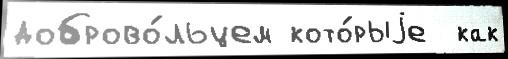
доброво́льцем кото́рыjе  как